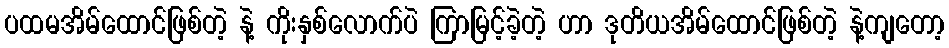
ပထမအိမ်ထောင်ဖြစ်တဲ့ နဲ့ ကိုးနှစ်လောက်ပဲ ကြာမြင့်ခဲ့တဲ့ ဟာ ဒုတိယအိမ်ထောင်ဖြစ်တဲ့ နဲ့ကျတော့